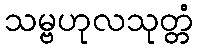
သမ္ဗဟုလသုတ္တံ